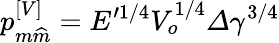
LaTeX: p_{m\widehat{m}}^{\left[V\right]}=E^{\prime 1/4}V_{o}^{1/4}\varDelta\gamma^{3/4}